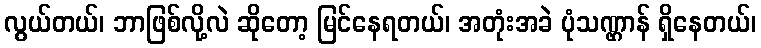
လွယ်တယ်၊ ဘာဖြစ်လို့လဲ ဆိုတော့ မြင်နေရတယ်၊ အတုံးအခဲ ပုံသဏ္ဌာန် ရှိနေတယ်၊